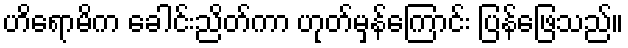
ဟိရောမိက ခေါင်းညိတ်ကာ ဟုတ်မှန်ကြောင်း ပြန်ဖြေသည်။